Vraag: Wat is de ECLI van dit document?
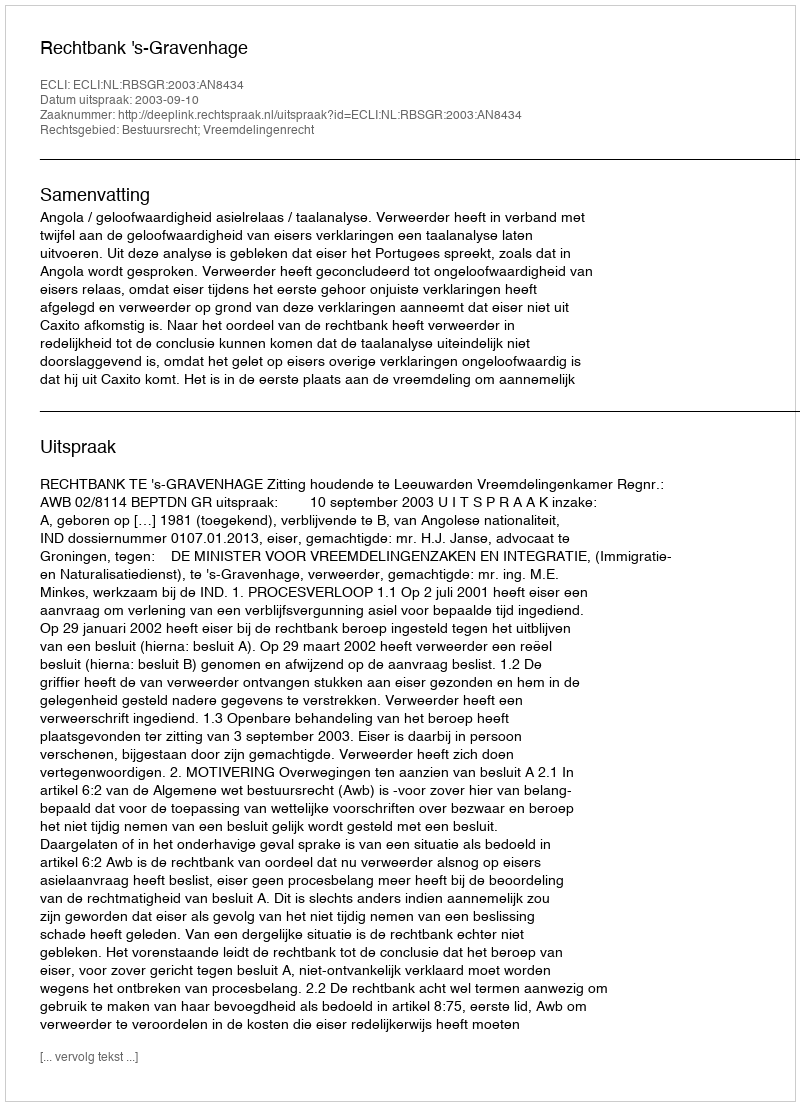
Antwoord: ECLI:NL:RBSGR:2003:AN8434